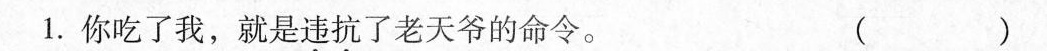
1.你吃了我，就是违抗了老天爷的命令。